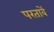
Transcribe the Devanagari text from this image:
परतावें